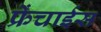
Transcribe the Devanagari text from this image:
फ्रेंचाईस